Calcutta medical institutions reports 1892-1900
Year: 1892
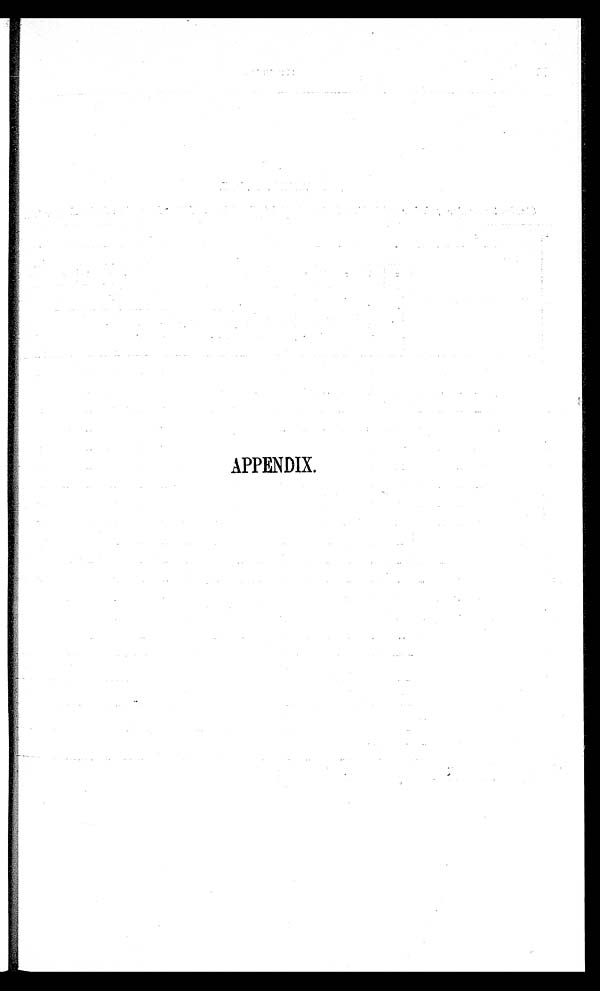
APPENDIX.